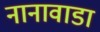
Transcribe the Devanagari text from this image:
नानावाडा